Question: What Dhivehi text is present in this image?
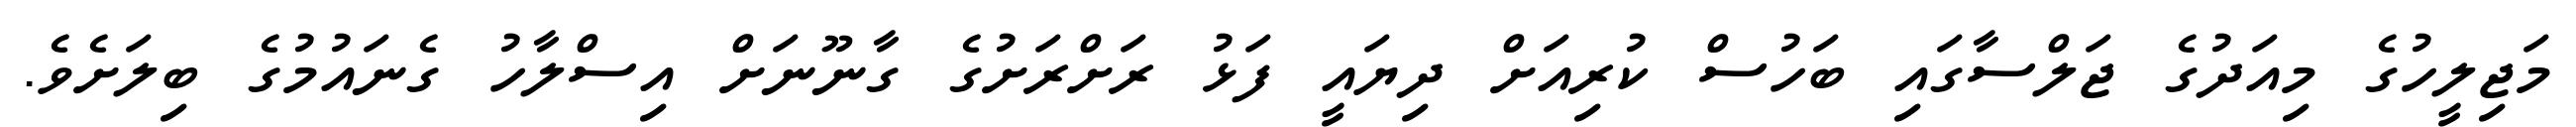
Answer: މަޖިލީހުގެ މިއަދުގެ ޖަލްސާގައި ބަހުސް ކުރިއަށް ދިޔައީ ފަޅު ރަށްރަށުގެ ގާނޫނަށް އިސްލާހު ގެނައުމުގެ ބިލަށެވެ.